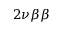
2 \nu \beta \beta